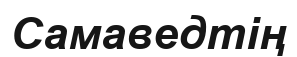
Самаведтің